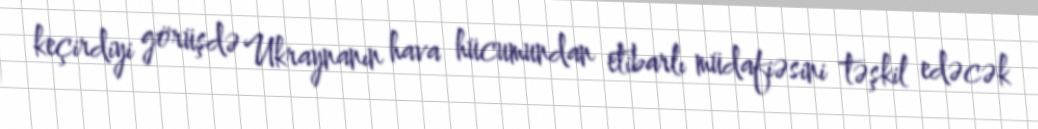
keçirdiyi görüşdə Ukraynanın hava hücumundan etibarlı müdafiəsini təşkil edəcək